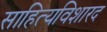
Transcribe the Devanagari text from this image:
साहित्यविशारद